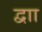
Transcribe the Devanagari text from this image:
द्वाा